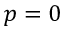
p = 0